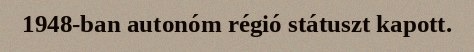
1948-ban autonóm régió státuszt kapott.